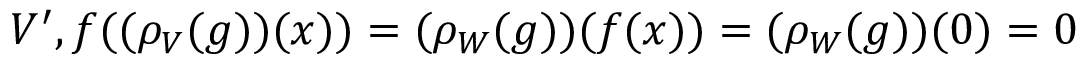
V ^ { \prime } , f ( ( \rho _ { V } ( g ) ) ( x ) ) = ( \rho _ { W } ( g ) ) ( f ( x ) ) = ( \rho _ { W } ( g ) ) ( 0 ) = 0